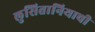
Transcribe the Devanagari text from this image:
लुसितानियाची